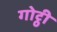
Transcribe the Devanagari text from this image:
गोट्ठी